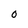
Character: O